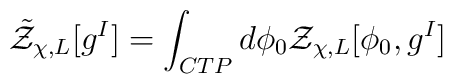
{\tilde {\cal Z}}_{\chi,L}[g^I] = \int_{CTP} d\phi_0 {\cal Z}_{\chi,L}[\phi_0, g^I]